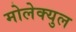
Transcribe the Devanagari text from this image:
मोलेक्युल